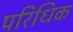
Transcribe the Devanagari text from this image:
परिधिक